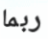
ربما